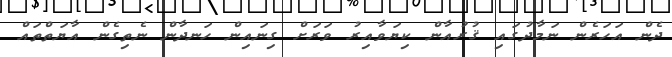
ދެން އަހަރެން ނަމާދުގައި ޤުރުއާން ކިޔަވާއިރު ވަރަށް ގިނައިން ހަނދާން ނެތިގެން އާޔަތްތައް